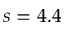
s = 4 . 4